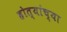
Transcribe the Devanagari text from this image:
होत्यांच्या